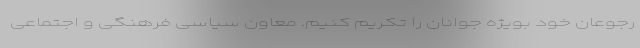
رجوعان خود بویژه جوانان را تکریم کنیم. معاون سیاسی فرهنگی و اجتماعی